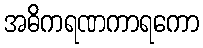
အဓိကရဏကာရကော